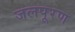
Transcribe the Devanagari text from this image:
जलपूरण